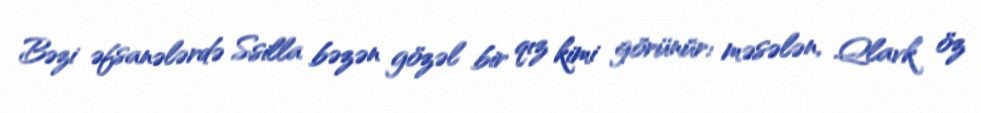
Bəzi əfsanələrdə Ssilla bəzən gözəl bir qız kimi görünür: məsələn, Qlavk öz